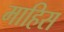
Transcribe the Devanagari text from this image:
माहिस